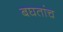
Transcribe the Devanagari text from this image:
बघतांच